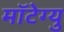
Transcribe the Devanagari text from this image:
मॉटेग्यु